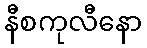
နီစကုလီနော